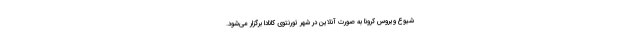
شیوع ویروس کرونا به صورت آنلاین در شهر تورنتوی کانادا برگزار می‌شود.